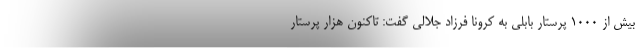
بیش از 1000 پرستار بابلی به کرونا فرزاد جلالی گفت: تاکنون هزار پرستار